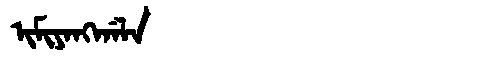
Manchu: ᡳᠮᡳᠶᠠᠩᡤᠠᠯᠠ
Romanization: IMIYANGGALA